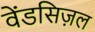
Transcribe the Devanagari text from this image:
वेंडसिज़ल